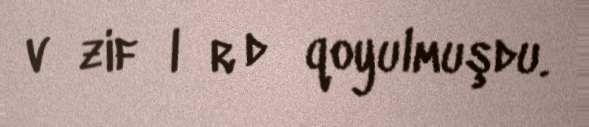
vәzifәlәr dә qoyulmuşdu.